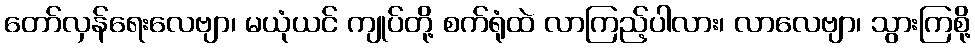
တော်လှန်ရေးလေဗျာ၊ မယုံယင် ကျုပ်တို့ စက်ရုံထဲ လာကြည့်ပါလား၊ လာလေဗျာ၊ သွားကြစို့